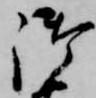
御